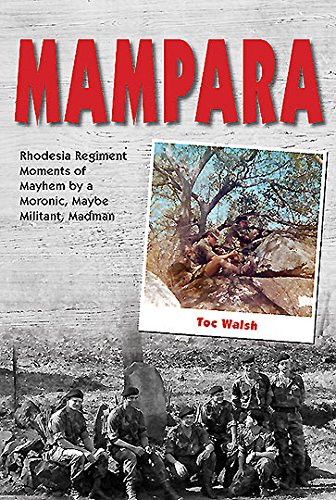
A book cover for Mampara: Rhodesia Regiment Moments of Mayhem by a Moronic, Maybe Militant, Madman; Toc Walsh; History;